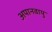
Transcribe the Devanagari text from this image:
अपानवायु